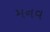
મનવ